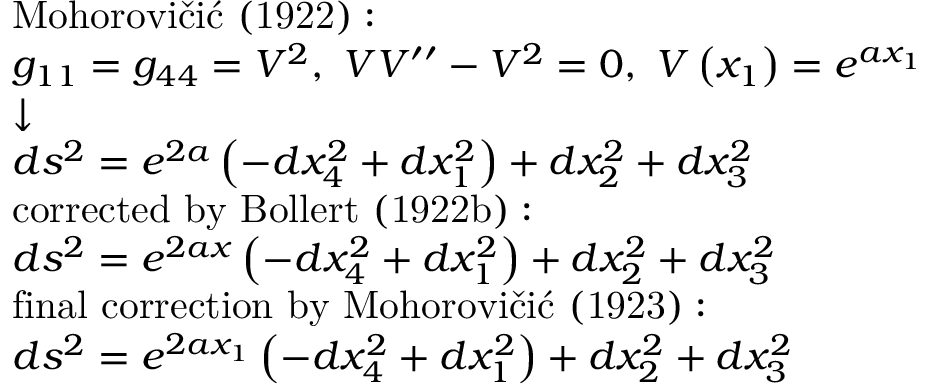
{ \scriptstyle { \begin{array} { l } { { \mathrm { M o h o r o v i č i ć ~ ( 1 9 2 2 ) : } } } \\ { g _ { 1 1 } = g _ { 4 4 } = V ^ { 2 } , \ V V ^ { \prime \prime } - V ^ { 2 } = 0 , \ V \left( x _ { 1 } \right) = e ^ { a x _ { 1 } } } \\ { { \boldsymbol { \downarrow } } } \\ { d s ^ { 2 } = e ^ { 2 a } \left( - d x _ { 4 } ^ { 2 } + d x _ { 1 } ^ { 2 } \right) + d x _ { 2 } ^ { 2 } + d x _ { 3 } ^ { 2 } } \\ { { \mathrm { c o r r e c t e d ~ b y ~ B o l l e r t ~ ( 1 9 2 2 b ) : } } } \\ { d s ^ { 2 } = e ^ { 2 a x } \left( - d x _ { 4 } ^ { 2 } + d x _ { 1 } ^ { 2 } \right) + d x _ { 2 } ^ { 2 } + d x _ { 3 } ^ { 2 } } \\ { { \mathrm { f i n a l ~ c o r r e c t i o n ~ b y ~ M o h o r o v i č i ć ~ ( 1 9 2 3 ) : } } } \\ { d s ^ { 2 } = e ^ { 2 a x _ { 1 } } \left( - d x _ { 4 } ^ { 2 } + d x _ { 1 } ^ { 2 } \right) + d x _ { 2 } ^ { 2 } + d x _ { 3 } ^ { 2 } } \end{array} } }